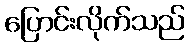
ပြောင်းလိုက်သည်